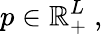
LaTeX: p\in\mathbb{R}_{+}^{L}\ ,